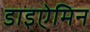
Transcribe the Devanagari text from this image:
डाइऐमिन